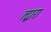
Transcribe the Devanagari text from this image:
त्द्वारा